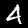
Digit: 4